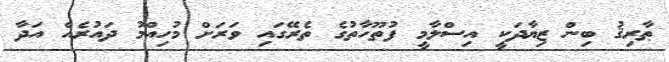
ޠާރިޤު ބިން ޒިޔާދަކީ އިސްލާމީ ފުތޫހާތުގެ ތެރޭގައި ވަރަށް މުހިއްމު ދައުރެއް އަދާ